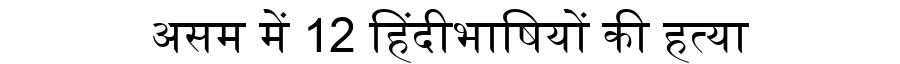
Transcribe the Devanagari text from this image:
असम में 12 हिंदीभाषियों की हत्या